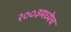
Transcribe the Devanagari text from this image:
२००३मध्येच